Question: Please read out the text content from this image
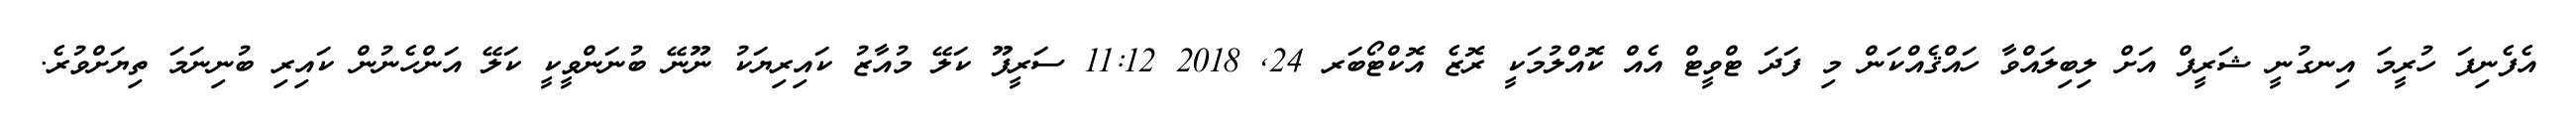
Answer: އެފެނިފަ ހުރީމަ އިނގުނީ ޝަރީފް އަށް ލިބިލައްވާ ހައްޤެއްކަން މި ފަދަ ޓްވީޓް އެއް ކޮއްލުމަކީ ރޮޒެ އޮކްޓޯބަރ 24, 2018 11:12 ސަރީފޫ ކަލޭ މުއާޒު ކައިރިޔަކު ނޫނޭ ބުނަންވީކީ ކަލޭ އަންހެނުން ކައިރި ބުނިނަމަ ތިޔަށްވުރެ.